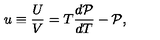
u \equiv \frac { U } { V } = T \frac { d { \cal P } } { d T } - { \cal P } ,